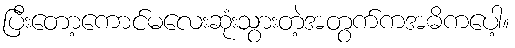
ပြီးတော့ကောင်မလေးဆုံးသွားတဲ့အတွက်ကအဓိကပေါ့။